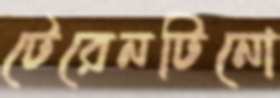
টেরেনটিনো